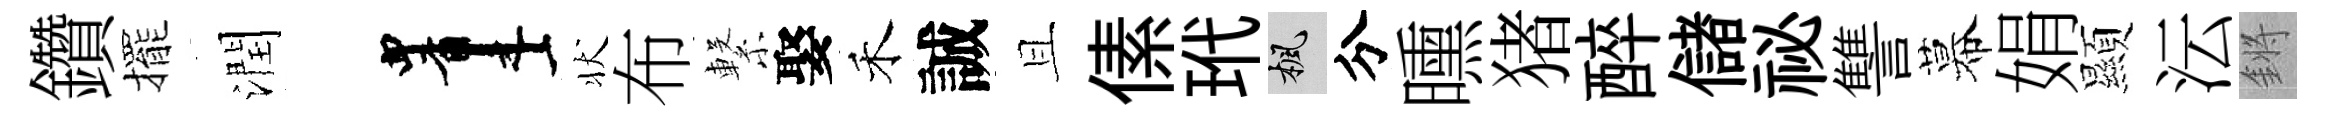
鑽擺潤画状布繋娶禾誠且傃玳楓分曛猪醉儲祕讐幕娟顯沄鏘